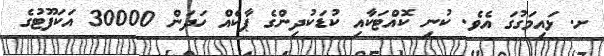
ށ. ޅައިމަގުގަ އެވެ. ކުނި ކޮއްޓަކާއި ކުޑަކުދިންގެ ޕާކެއް ހަދަން 30000 އަކަފޫޓުގެ